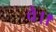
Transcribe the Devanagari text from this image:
वै।।